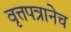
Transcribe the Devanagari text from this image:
वृत्तपत्रानेच